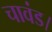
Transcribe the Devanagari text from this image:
चावंड।